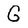
Character: G